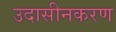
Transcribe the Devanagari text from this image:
उदासीनकरण